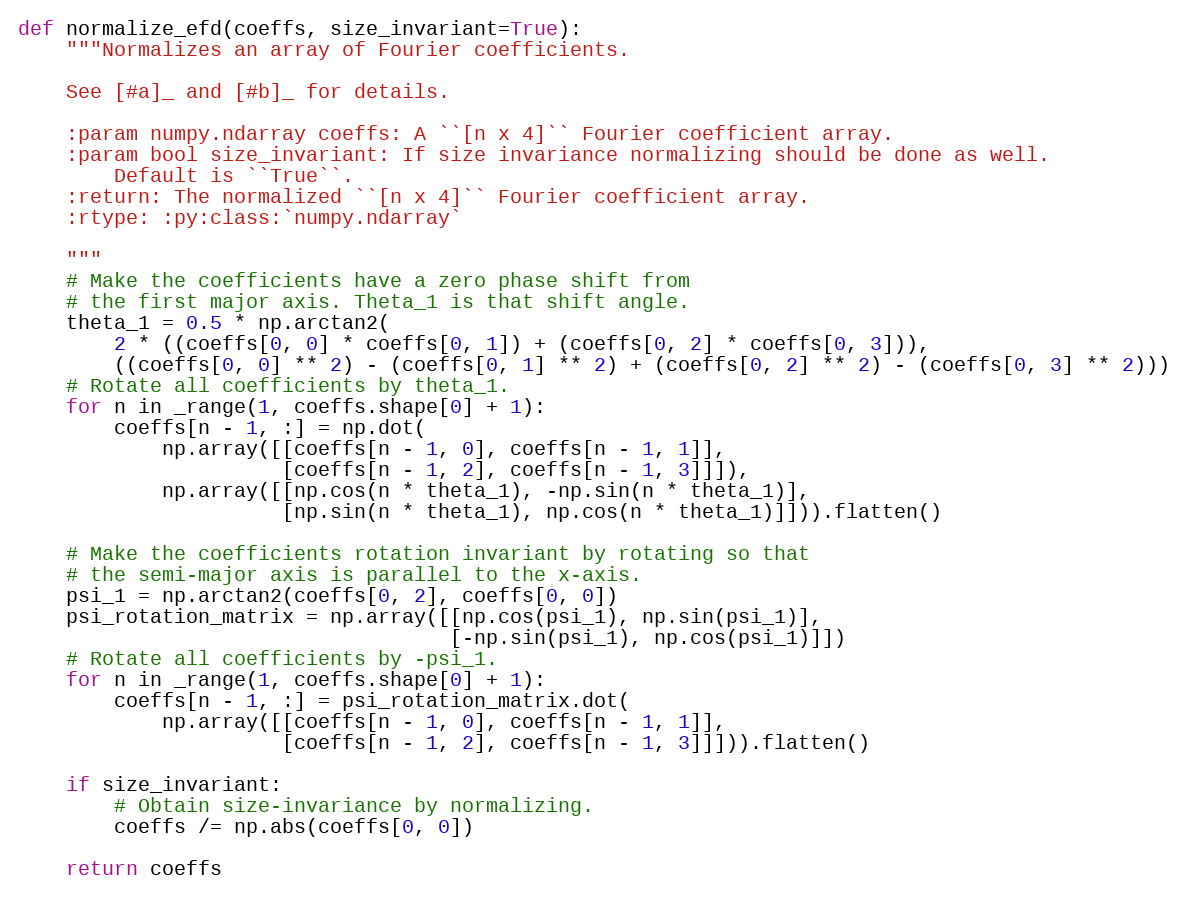
Language: Python
def normalize_efd(coeffs, size_invariant=True):
    """Normalizes an array of Fourier coefficients.

    See [#a]_ and [#b]_ for details.

    :param numpy.ndarray coeffs: A ``[n x 4]`` Fourier coefficient array.
    :param bool size_invariant: If size invariance normalizing should be done as well.
        Default is ``True``.
    :return: The normalized ``[n x 4]`` Fourier coefficient array.
    :rtype: :py:class:`numpy.ndarray`

    """
    # Make the coefficients have a zero phase shift from
    # the first major axis. Theta_1 is that shift angle.
    theta_1 = 0.5 * np.arctan2(
        2 * ((coeffs[0, 0] * coeffs[0, 1]) + (coeffs[0, 2] * coeffs[0, 3])),
        ((coeffs[0, 0] ** 2) - (coeffs[0, 1] ** 2) + (coeffs[0, 2] ** 2) - (coeffs[0, 3] ** 2)))
    # Rotate all coefficients by theta_1.
    for n in _range(1, coeffs.shape[0] + 1):
        coeffs[n - 1, :] = np.dot(
            np.array([[coeffs[n - 1, 0], coeffs[n - 1, 1]],
                      [coeffs[n - 1, 2], coeffs[n - 1, 3]]]),
            np.array([[np.cos(n * theta_1), -np.sin(n * theta_1)],
                      [np.sin(n * theta_1), np.cos(n * theta_1)]])).flatten()

    # Make the coefficients rotation invariant by rotating so that
    # the semi-major axis is parallel to the x-axis.
    psi_1 = np.arctan2(coeffs[0, 2], coeffs[0, 0])
    psi_rotation_matrix = np.array([[np.cos(psi_1), np.sin(psi_1)],
                                    [-np.sin(psi_1), np.cos(psi_1)]])
    # Rotate all coefficients by -psi_1.
    for n in _range(1, coeffs.shape[0] + 1):
        coeffs[n - 1, :] = psi_rotation_matrix.dot(
            np.array([[coeffs[n - 1, 0], coeffs[n - 1, 1]],
                      [coeffs[n - 1, 2], coeffs[n - 1, 3]]])).flatten()

    if size_invariant:
        # Obtain size-invariance by normalizing.
        coeffs /= np.abs(coeffs[0, 0])

    return coeffs